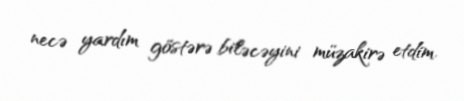
necə yardım göstərə biləcəyini müzakirə etdim.